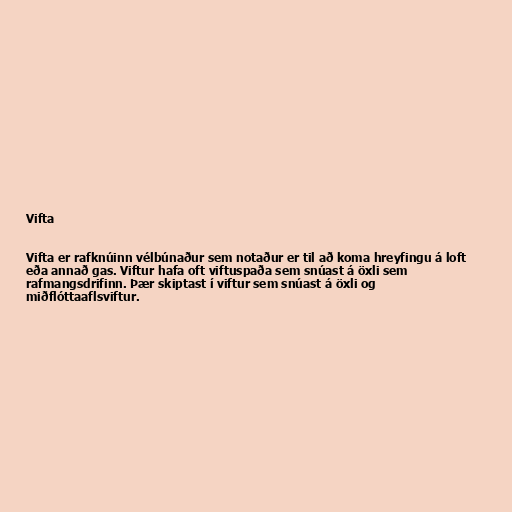
Vifta

Vifta er rafknúinn vélbúnaður sem notaður er til að koma hreyfingu á loft
eða annað gas. Viftur hafa oft viftuspaða sem snúast á öxli sem
rafmangsdrifinn. Þær skiptast í viftur sem snúast á öxli og
miðflóttaaflsviftur.